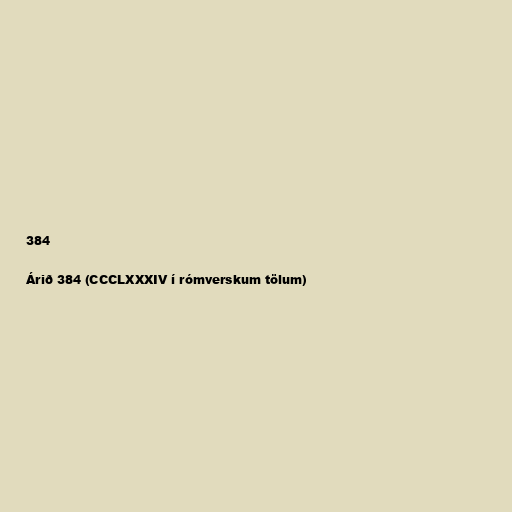
384

Árið 384 (CCCLXXXIV í rómverskum tölum)